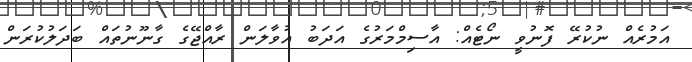
އަމުރެއް ނުކުރޭ ފޮނުވީ ނޯޓެއް: އާސިމްމަރުގެ އަދަބު އުވާލަން ރާއްޖޭގެ ގާނޫނުތައް ބަދަލުކުރަން